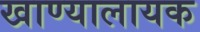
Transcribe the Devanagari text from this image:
खाण्यालायक